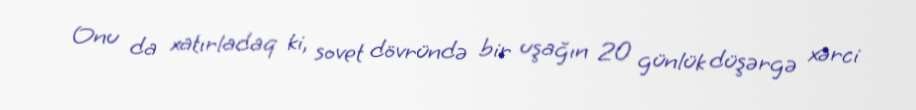
Onu da xatırladaq ki, sovet dövründə bir uşağın 20 günlük düşərgə xərci